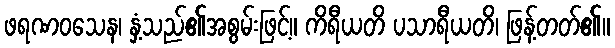
ဖရဏဝသေန၊ နှံ့သည်၏အစွမ်းဖြင့်။ ကိရီယတိ ပသာရီယတိ၊ ဖြန့်တတ်၏။